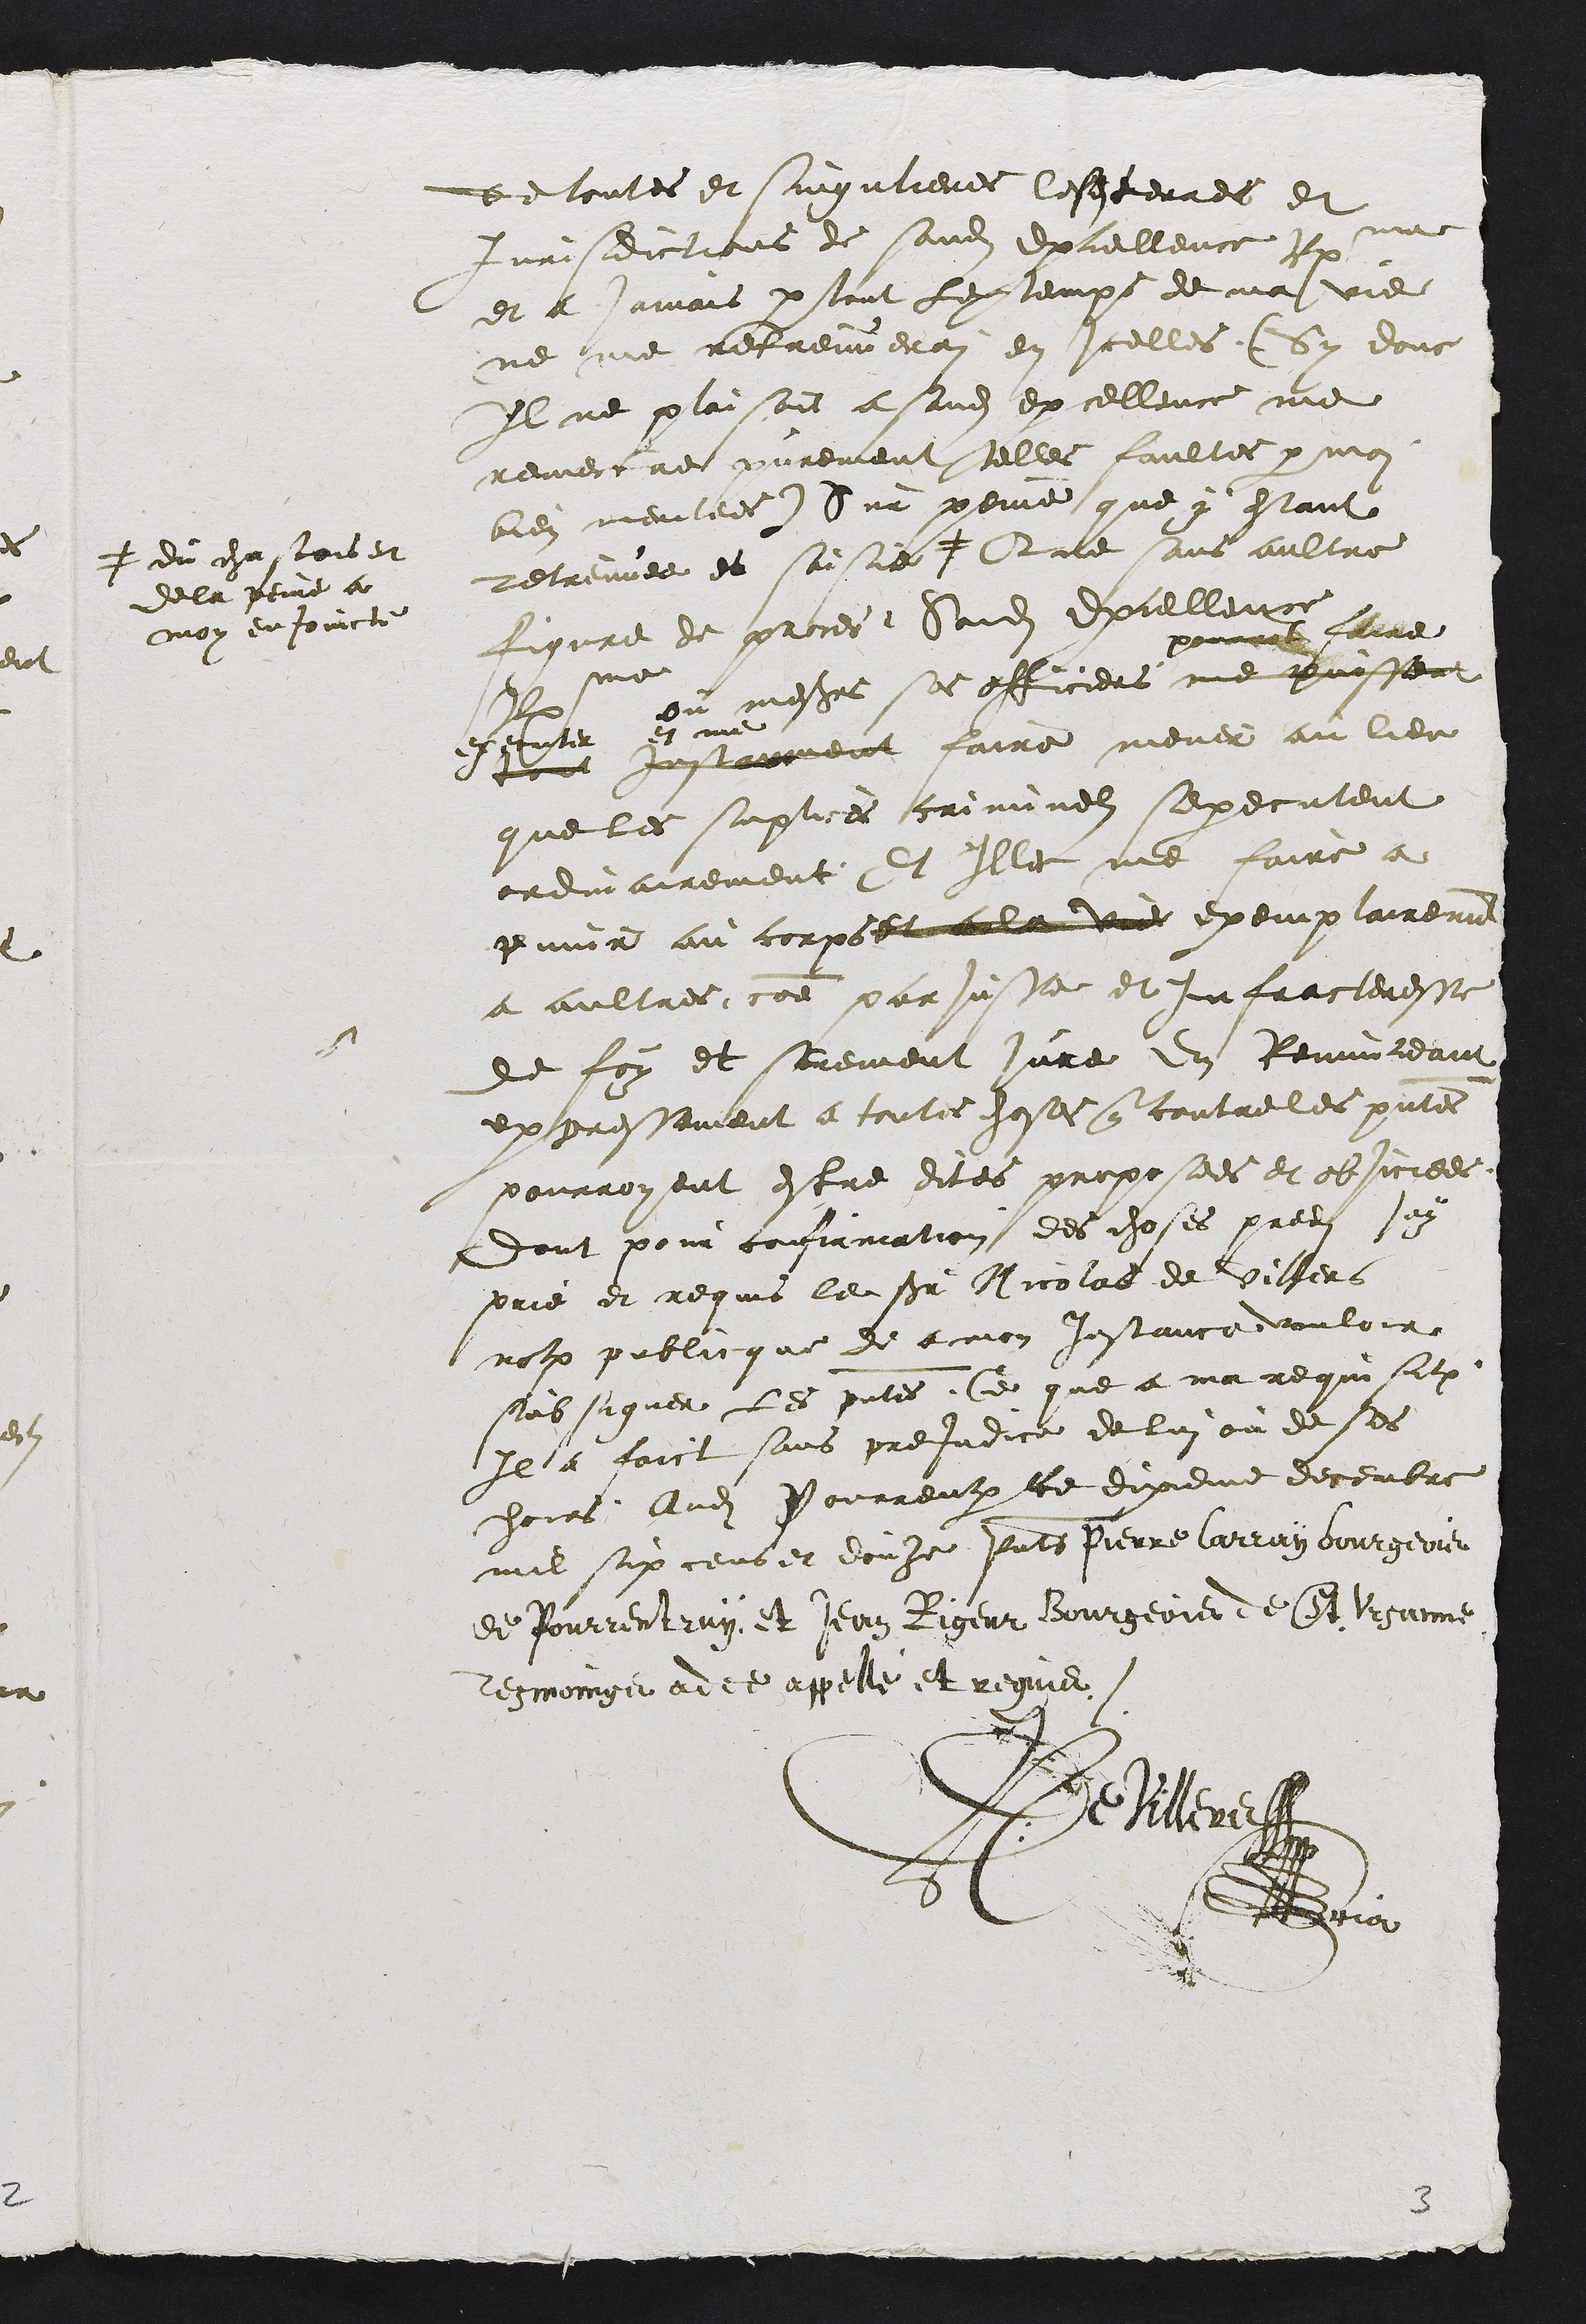
de toutes et singulieres lesdites terres et
jurisdictions de sondit Excellence Reverendissime
et a jamais par tout le temps de ma vie
ne me retreuverai en icelles (Sy donc
Il ne plaisoit a sondit excellence me
remettre purement telles faultes par moi
bien meritees) Sur peinne que y estant
retreuvee et saisie +
+ du chastois et
de la peine a
moy enjoincte
Que sans aultre
figure de proces sondit Excellence
Reverendissime
ou messieurs ses officiers me puissent
pourront faire
executer et me
tout instamment faire mener au lieu
que les suplices criminels sexecutent
ordinairement Et Illec me faire a
punir au corps et a la vie exemplairement
a aultres, comme parjusse et Infracteresse
de foy et serement jure en Renunceant
expressement a toutes choses que contre les presentes
pourroyent estre dites proposees et objiciees
Dont pour confirmation des choses predites jay
prie et requis le sieur Nicolas de Villers
notaire publicque de a mon instance vouloir
subsigner les presentes, Ce que a ma requisition
Il a faict sans prejudice de lui ou de ses
hoirs Audit Pourrentruy ce dixieme decembre
mil six cens et douze presents Pierre Carray Bourgeois
de Pourrentruy et Jean Rigeur Bourgeois de St. Ursanne
Tesmoings ad ce appellé et requis
De Villers
manu propria